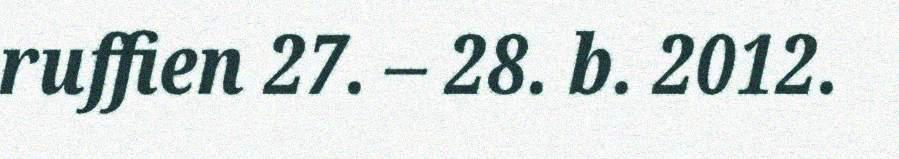
ruffien 27. – 28. b. 2012.